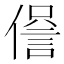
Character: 𧧹